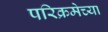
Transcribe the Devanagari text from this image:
परिक्रमेच्या